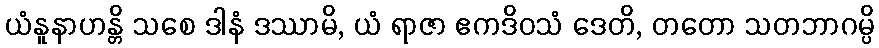
ယံနူနာဟန္တိ သစေ ဒါနံ ဒဿာမိ, ယံ ရာဇာ ဧကဒိဝသံ ဒေတိ, တတော သတဘာဂမ္ပိ